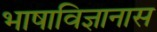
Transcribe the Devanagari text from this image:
भाषाविज्ञानास